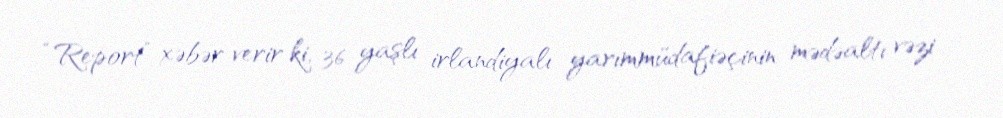
“Report” xəbər verir ki, 36 yaşlı irlandiyalı yarımmüdafiəçinin mədəaltı vəzi